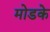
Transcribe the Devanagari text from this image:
मोडके